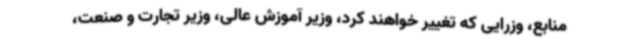
منابع، وزرایی که تغییر خواهند کرد، وزیر آموزش عالی، وزیر تجارت و صنعت،